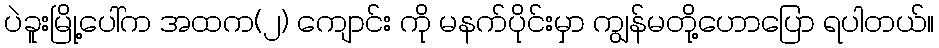
ပဲခူးမြို့ပေါ်က အထက(၂) ကျောင်း ကို မနက်ပိုင်းမှာ ကျွန်မတို့ဟောပြော ရပါတယ်။